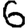
Digit: 6